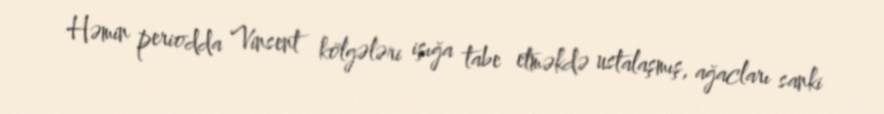
Həmin periodda Vinsent kölgələri işığa tabe etməkdə ustalaşmış, ağacları sanki